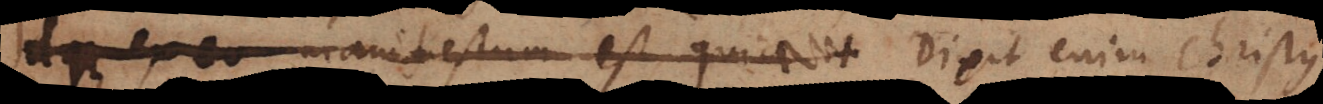
Idque ex eo manifestum est quod Dixit enim Christus